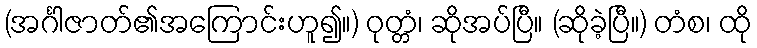
(အင်္ဂါဇာတ်၏အကြောင်းဟူ၍။) ဝုတ္တံ၊ ဆိုအပ်ပြီ။ (ဆိုခဲ့ပြီ။) တံစ၊ ထို